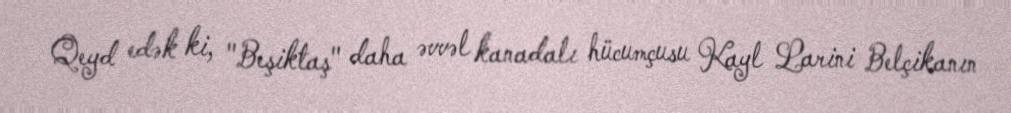
Qeyd edək ki, "Beşiktaş" daha əvvəl kanadalı hücumçusu Kayl Larini Belçikanın